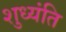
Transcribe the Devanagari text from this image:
शुध्यंति